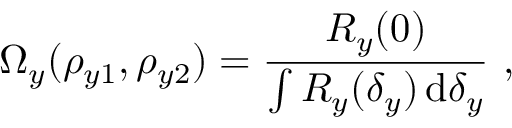
\Omega _ { y } ( \rho _ { y 1 } , \rho _ { y 2 } ) = \frac { { R _ { y } ( 0 ) } } { { \int { R _ { y } ( \delta _ { y } ) \, \mathrm { d } \delta _ { y } } } } ~ ,